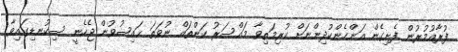
ފުރާއުމުރުން ފެށިގެން އަންހެންކުދިންނަށް ކުރިމަތިވާ މައްސަރު ކަންތައް ނުވަތަ ޙައިޟުވުން ޖެހެނީ ސިކުނޑިގައިވާ